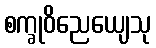
စက္ခုဝိညေယျေသု